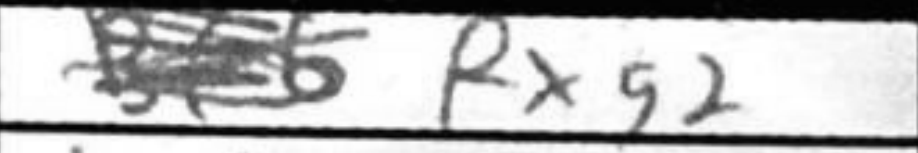
Transcription: Rxg2